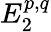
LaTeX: E_{2}^{p,q}